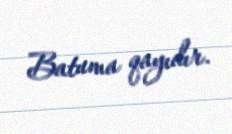
Batuma qayıdır.